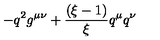
- q ^ { 2 } g ^ { \mu \nu } + \frac { ( \xi - 1 ) } { \xi } q ^ { \mu } q ^ { \nu }